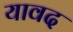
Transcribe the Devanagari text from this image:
यावद